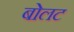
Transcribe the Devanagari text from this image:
बोलट